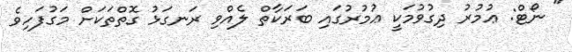
" ނޯޓް: ޢުމުރު ދިގުވުމަކީ ޢުމުރުގައި ބަރަކާތް ލެއްވި ރަނގަޅު ގޮތްތަކަށް މަގުފަހިވެ